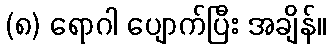
(၈) ရောဂါ ပျောက်ပြီး အချိန်။